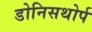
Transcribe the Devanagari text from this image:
डोनिसथोर्प